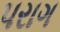
પરાગ